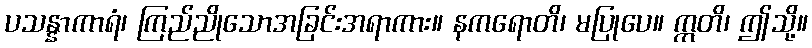
ပသန္နာကာရံ၊ ကြည်ညိုသောအခြင်းအရာကား။ နကရောတိ၊ မပြုပေ။ ဣတိ၊ ဤသို့။